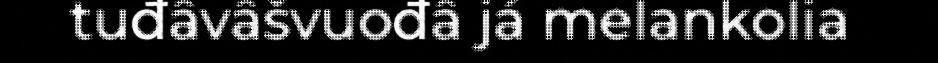
tuđâvâšvuođâ já melankolia